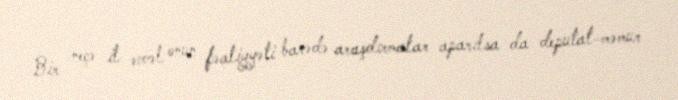
Bir neçə il əvvəl onun fəaliyyəti barədə araşdırmalar aparılsa da deputat-məmur